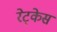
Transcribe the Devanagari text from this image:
रेट्केस